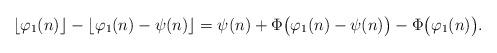
LaTeX: \begin{align*}\lfloor \varphi_1(n) \rfloor - \lfloor \varphi_1(n) - \psi(n) \rfloor=\psi(n)+\Phi\big(\varphi_1(n)-\psi(n) \big)-\Phi\big(\varphi_1(n)\big).\end{align*}